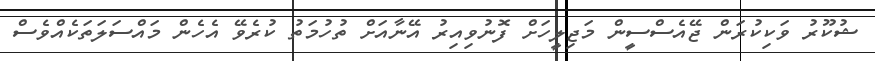
ޝުކޫރު ވަކިކުރަން ޖޭއެސްސީން މަޖިލީހަށް ފޮނުވިއިރު އޭނާއަށް ތުހުމަތު ކުރެވޭ އެހެން މައްސަލަތަކެއްވެސް